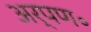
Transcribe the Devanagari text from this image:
अर्पण॰